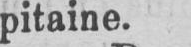
pitaine.